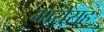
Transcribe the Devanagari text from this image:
भार्येसह